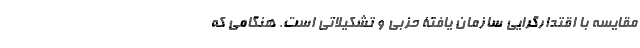
مقایسه با اقتدارگرایی سازمان یافتۀ حزبی و تشکیلاتی است. هنگامی که